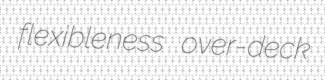
flexibleness over-deck